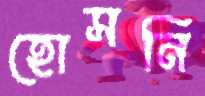
হোসনি